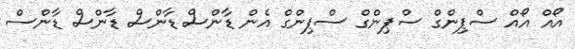
އޯއް އޯއް ސްޕިންގް ސްޕިންގް ސްޕިންގް އެން ޑާންސް ޑާންސް ޑާންސް ޑާންސް